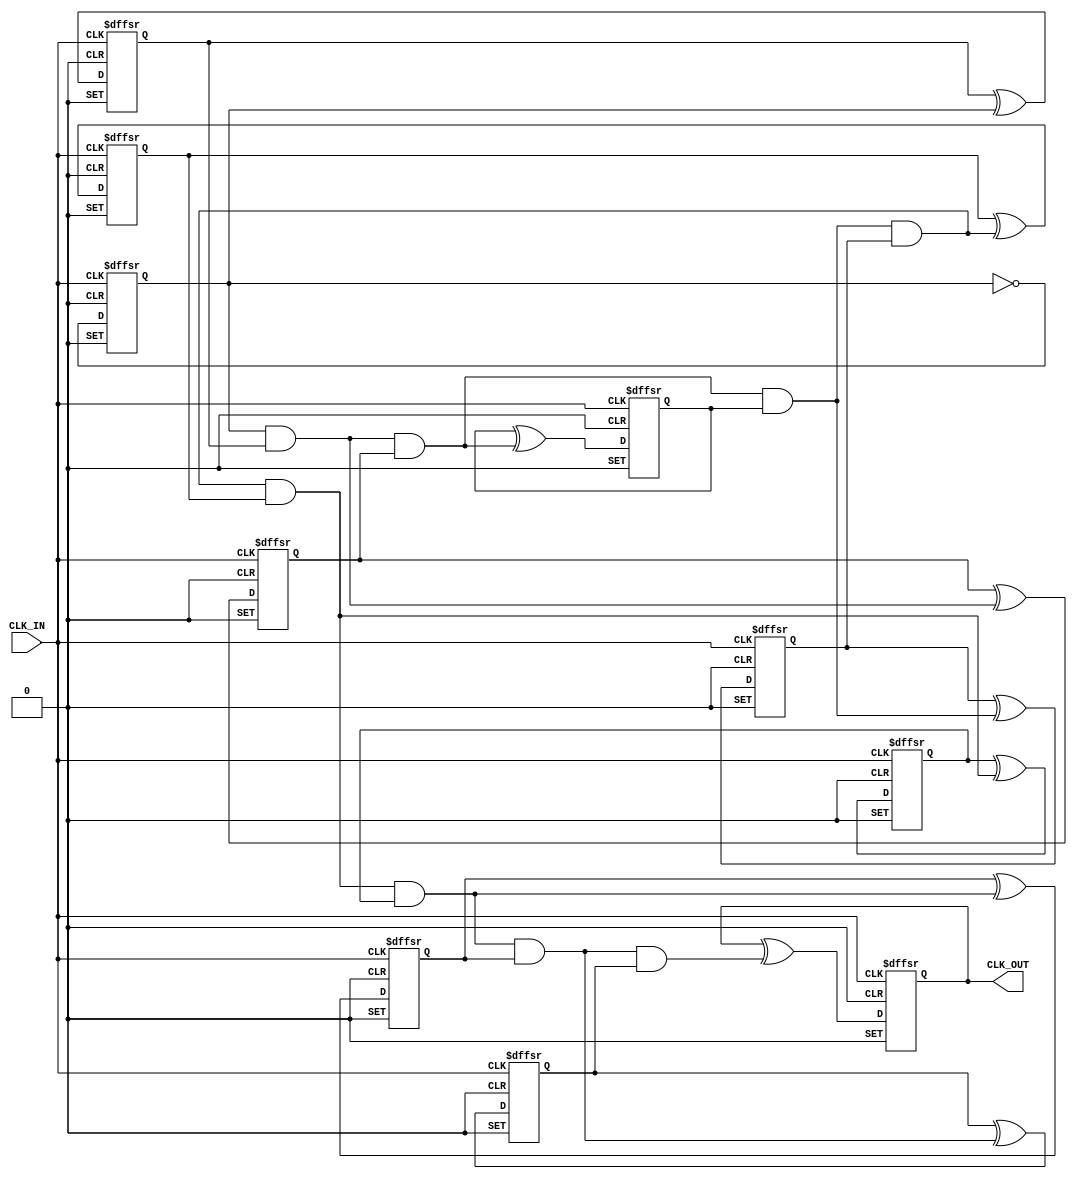
// Copyright (C) 2022  Intel Corporation. All rights reserved.
// Your use of Intel Corporation's design tools, logic functions 
// and other software and tools, and any partner logic 
// functions, and any output files from any of the foregoing 
// (including device programming or simulation files), and any 
// associated documentation or information are expressly subject 
// to the terms and conditions of the Intel Program License 
// Subscription Agreement, the Intel Quartus Prime License Agreement,
// the Intel FPGA IP License Agreement, or other applicable license
// agreement, including, without limitation, that your use is for
// the sole purpose of programming logic devices manufactured by
// Intel and sold by Intel or its authorized distributors.  Please
// refer to the applicable agreement for further details, at
// https://fpgasoftware.intel.com/eula.

// PROGRAM		"Quartus Prime"
// VERSION		"Version 21.1.1 Build 850 06/23/2022 SJ Standard Edition"
// CREATED		"Fri Dec  2 20:20:58 2022"

module clock_divider_1024(
	CLK_IN,
	CLK_OUT
);


input wire	CLK_IN;
output reg	CLK_OUT;

wire	SYNTHESIZED_WIRE_36;
wire	SYNTHESIZED_WIRE_5;
reg	SYNTHESIZED_WIRE_37;
reg	TFF_inst2;
wire	SYNTHESIZED_WIRE_38;
reg	TFF_inst3;
wire	SYNTHESIZED_WIRE_39;
reg	TFF_inst4;
wire	SYNTHESIZED_WIRE_40;
reg	TFF_inst5;
wire	SYNTHESIZED_WIRE_41;
reg	TFF_inst6;
wire	SYNTHESIZED_WIRE_42;
reg	TFF_inst7;
wire	SYNTHESIZED_WIRE_43;
reg	TFF_inst8;
wire	SYNTHESIZED_WIRE_44;
reg	TFF_inst9;

assign	SYNTHESIZED_WIRE_36 = 1;





always@(posedge CLK_IN or negedge SYNTHESIZED_WIRE_36 or negedge SYNTHESIZED_WIRE_36)
begin
if (!SYNTHESIZED_WIRE_36)
	begin
	SYNTHESIZED_WIRE_37 <= 0;
	end
else
if (!SYNTHESIZED_WIRE_36)
	begin
	SYNTHESIZED_WIRE_37 <= 1;
	end
else
	SYNTHESIZED_WIRE_37 <= SYNTHESIZED_WIRE_37 ^ SYNTHESIZED_WIRE_36;
end


always@(posedge CLK_IN or negedge SYNTHESIZED_WIRE_36 or negedge SYNTHESIZED_WIRE_36)
begin
if (!SYNTHESIZED_WIRE_36)
	begin
	CLK_OUT <= 0;
	end
else
if (!SYNTHESIZED_WIRE_36)
	begin
	CLK_OUT <= 1;
	end
else
	CLK_OUT <= CLK_OUT ^ SYNTHESIZED_WIRE_5;
end

assign	SYNTHESIZED_WIRE_38 = SYNTHESIZED_WIRE_37 & TFF_inst2;

assign	SYNTHESIZED_WIRE_39 = SYNTHESIZED_WIRE_38 & TFF_inst3;

assign	SYNTHESIZED_WIRE_40 = SYNTHESIZED_WIRE_39 & TFF_inst4;

assign	SYNTHESIZED_WIRE_41 = SYNTHESIZED_WIRE_40 & TFF_inst5;

assign	SYNTHESIZED_WIRE_42 = SYNTHESIZED_WIRE_41 & TFF_inst6;

assign	SYNTHESIZED_WIRE_43 = SYNTHESIZED_WIRE_42 & TFF_inst7;

assign	SYNTHESIZED_WIRE_44 = SYNTHESIZED_WIRE_43 & TFF_inst8;

assign	SYNTHESIZED_WIRE_5 = SYNTHESIZED_WIRE_44 & TFF_inst9;


always@(posedge CLK_IN or negedge SYNTHESIZED_WIRE_36 or negedge SYNTHESIZED_WIRE_36)
begin
if (!SYNTHESIZED_WIRE_36)
	begin
	TFF_inst2 <= 0;
	end
else
if (!SYNTHESIZED_WIRE_36)
	begin
	TFF_inst2 <= 1;
	end
else
	TFF_inst2 <= TFF_inst2 ^ SYNTHESIZED_WIRE_37;
end


always@(posedge CLK_IN or negedge SYNTHESIZED_WIRE_36 or negedge SYNTHESIZED_WIRE_36)
begin
if (!SYNTHESIZED_WIRE_36)
	begin
	TFF_inst3 <= 0;
	end
else
if (!SYNTHESIZED_WIRE_36)
	begin
	TFF_inst3 <= 1;
	end
else
	TFF_inst3 <= TFF_inst3 ^ SYNTHESIZED_WIRE_38;
end


always@(posedge CLK_IN or negedge SYNTHESIZED_WIRE_36 or negedge SYNTHESIZED_WIRE_36)
begin
if (!SYNTHESIZED_WIRE_36)
	begin
	TFF_inst4 <= 0;
	end
else
if (!SYNTHESIZED_WIRE_36)
	begin
	TFF_inst4 <= 1;
	end
else
	TFF_inst4 <= TFF_inst4 ^ SYNTHESIZED_WIRE_39;
end


always@(posedge CLK_IN or negedge SYNTHESIZED_WIRE_36 or negedge SYNTHESIZED_WIRE_36)
begin
if (!SYNTHESIZED_WIRE_36)
	begin
	TFF_inst5 <= 0;
	end
else
if (!SYNTHESIZED_WIRE_36)
	begin
	TFF_inst5 <= 1;
	end
else
	TFF_inst5 <= TFF_inst5 ^ SYNTHESIZED_WIRE_40;
end


always@(posedge CLK_IN or negedge SYNTHESIZED_WIRE_36 or negedge SYNTHESIZED_WIRE_36)
begin
if (!SYNTHESIZED_WIRE_36)
	begin
	TFF_inst6 <= 0;
	end
else
if (!SYNTHESIZED_WIRE_36)
	begin
	TFF_inst6 <= 1;
	end
else
	TFF_inst6 <= TFF_inst6 ^ SYNTHESIZED_WIRE_41;
end


always@(posedge CLK_IN or negedge SYNTHESIZED_WIRE_36 or negedge SYNTHESIZED_WIRE_36)
begin
if (!SYNTHESIZED_WIRE_36)
	begin
	TFF_inst7 <= 0;
	end
else
if (!SYNTHESIZED_WIRE_36)
	begin
	TFF_inst7 <= 1;
	end
else
	TFF_inst7 <= TFF_inst7 ^ SYNTHESIZED_WIRE_42;
end


always@(posedge CLK_IN or negedge SYNTHESIZED_WIRE_36 or negedge SYNTHESIZED_WIRE_36)
begin
if (!SYNTHESIZED_WIRE_36)
	begin
	TFF_inst8 <= 0;
	end
else
if (!SYNTHESIZED_WIRE_36)
	begin
	TFF_inst8 <= 1;
	end
else
	TFF_inst8 <= TFF_inst8 ^ SYNTHESIZED_WIRE_43;
end


always@(posedge CLK_IN or negedge SYNTHESIZED_WIRE_36 or negedge SYNTHESIZED_WIRE_36)
begin
if (!SYNTHESIZED_WIRE_36)
	begin
	TFF_inst9 <= 0;
	end
else
if (!SYNTHESIZED_WIRE_36)
	begin
	TFF_inst9 <= 1;
	end
else
	TFF_inst9 <= TFF_inst9 ^ SYNTHESIZED_WIRE_44;
end


endmodule